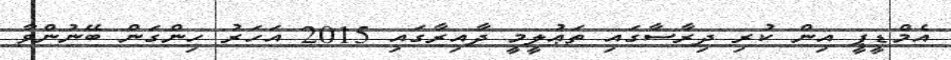
އެމްޑީޕީ އިން ކުރި ދިރާސާގައި ތަޢުލީމީ ދާއިރާގައި 2015 އަހަރު ހިންގަން ބޭނުންވާ